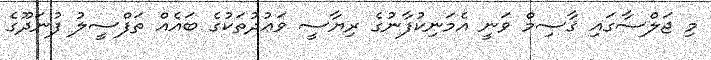
މި ޖަލްސާގައި ޤާސިމް ވަނީ އެމަނިކުފާނުގެ ރިޔާސީ ވަޢުދުތަކުގެ ބައެއް ތަފްސީލު ފުނަދޫގެ